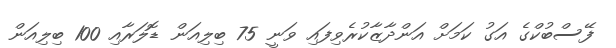
ފޭސްބުކްގެ އަގު ކަމަށް އަންދާޒާކުރެވިފައި ވަނީ 75 ބިލިއަން ޑޮލަރާއި 100 ބިލިއަން